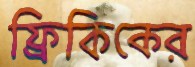
ফ্রিকিকের